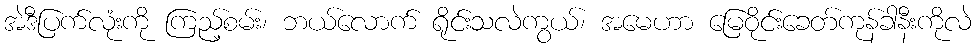
အဲဒီပြက်လုံးကို ကြည့်စမ်း၊ ဘယ်လောက် ရိုင်းသလဲကွယ်၊ အမေဟာ မြေဝိုင်းခေတ်ကုန်ခါနီးကိုလဲ